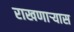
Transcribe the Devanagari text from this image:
राखणाऱ्यास